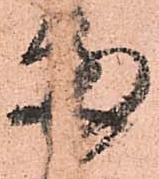
両